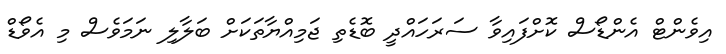
އިވެންޓް އެންޑޯސް ކޮށްފައިވާ ސަރަހައްދީ ބޮޑެތި ޖަމިއްޔާތަކަށް ބަލާލި ނަމަވެސް މި އެވޯޑް